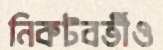
নিকটবর্তীও